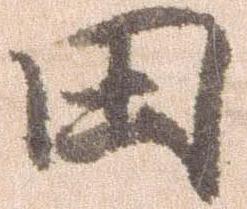
田